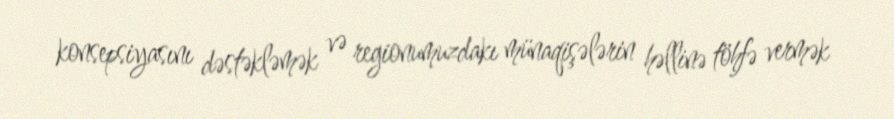
konsepsiyasını dəstəkləmək və regionumuzdakı münaqişələrin həllinə töhfə vermək